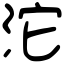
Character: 沱